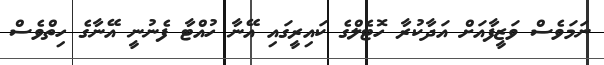
ނަމަވެސް ވަޒީފާއަށް އަދާކުރާ ހޮޓެލްގެ ކައިރީގައި އޭނާ ހުއްޓާ ފެނުނީ އޭނާގެ ހިތްވެސް